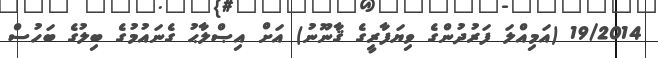
19/2014 (އަމިއްލަ ފަރުދުންގެ ވިޔަފާރީގެ ޤާނޫނު) އަށް އިޞްލާޙު ގެނައުމުގެ ބިލުގެ ބަހުސް